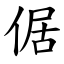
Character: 倨